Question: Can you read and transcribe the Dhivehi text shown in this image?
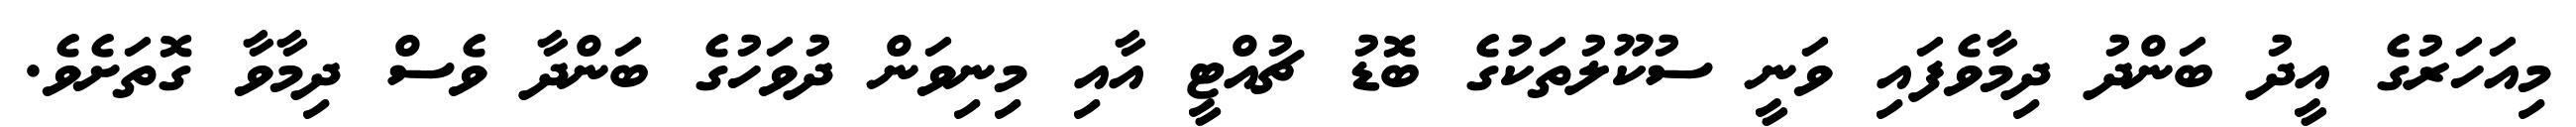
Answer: މިއަހަރުގެ އީދު ބަންދު ދިމާވެފައި ވަނީ ސުކޫލުތަކުގެ ބޮޑު ޗުއްޓީ އާއި މިނިވަން ދުވަހުގެ ބަންދާ ވެސް ދިމާވާ ގޮތަށެވެ.